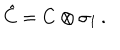
\hat { C } = C \otimes \sigma _ { 1 } \, .